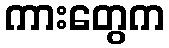
ကားတွေက